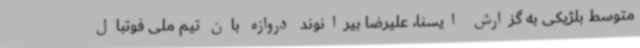
متوسط بلژیکی به گزارش ایسنا، علیرضا بیرانوند دروازه بان تیم ملی فوتبال